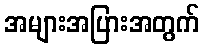
အများအပြားအတွက်